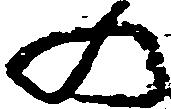
の